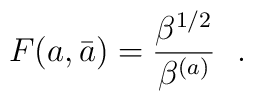
F(a,\bar a)={\beta^{1/2}\over \beta^{(a)}}\ \ .